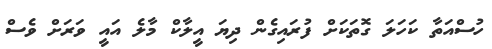
ހުސްއަތާ ކަހަލަ ގޮތަކަށް ފުރައިގެން ދިޔަ އީލާކް މާލެ އައީ ވަރަށް ވެސް